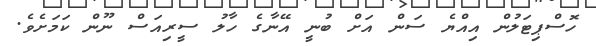
ހޮސްޕިޓަލުން އިއްޔެ ސަން އަށް ބުނީ އޭނާގެ ހާލު ސީރިއަސް ނޫން ކަމަށެވެ.